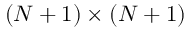
( N + 1 ) \times ( N + 1 )